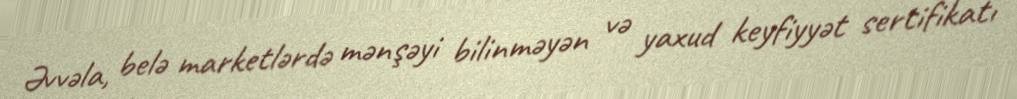
Əvvəla, belə marketlərdə mənşəyi bilinməyən və yaxud keyfiyyət sertifikatı